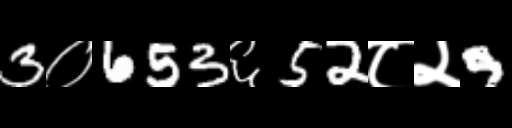
Text: 3०653६52८२9